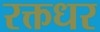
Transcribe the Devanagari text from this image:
रक्तधर